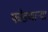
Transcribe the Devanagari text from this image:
फोडणार्‍या